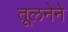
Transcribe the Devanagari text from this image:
तूलनेने